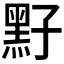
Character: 𪐣